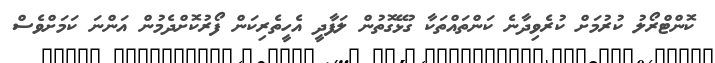
ކޮންޓްރޯލު ކުރުމަށް ކުރެވިދާނެ ކަންތައްތަކާ ގުޅޭގޮތުން ލަފާދީ އެހީތެރިކަން ފޯރުކޮށްދެމުން އަންނަ ކަމަށްވެސް